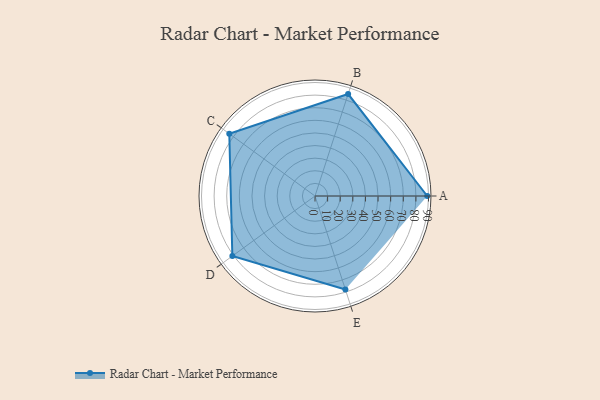
{"axis": {"x": "Skill", "y": "Score"}, "legend": ["Profile"], "data": [{"x": "A", "y": 89.0, "type": "Profile"}, {"x": "B", "y": 85.0, "type": "Profile"}, {"x": "C", "y": 84.0, "type": "Profile"}, {"x": "D", "y": 81.0, "type": "Profile"}, {"x": "E", "y": 78.0, "type": "Profile"}]}